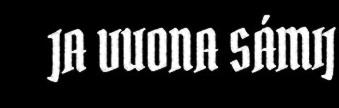
JA VUONA SÁMIJ